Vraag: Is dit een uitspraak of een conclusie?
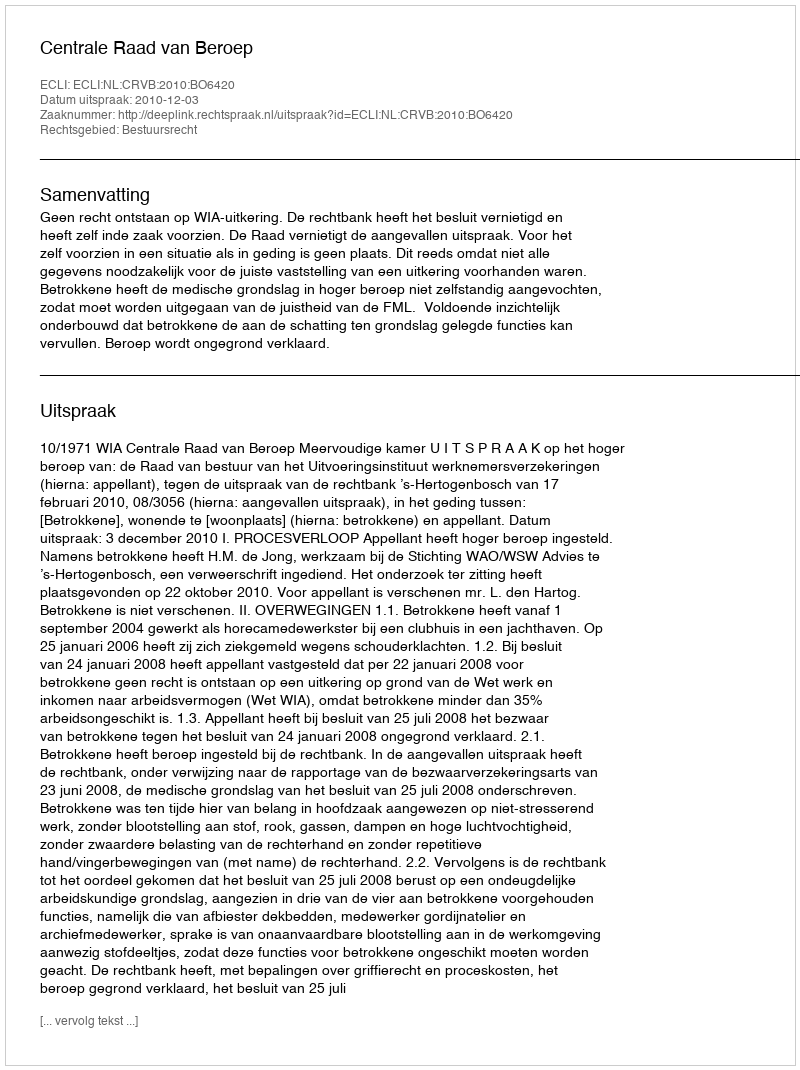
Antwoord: Uitspraak